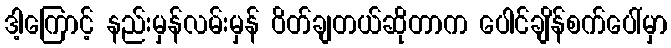
ဒါ့ကြောင့် နည်းမှန်လမ်းမှန် ဝိတ်ချတယ်ဆိုတာက ပေါင်ချိန်စက်ပေါ်မှာ